Scottish Leaving Certificate Examination, 1956
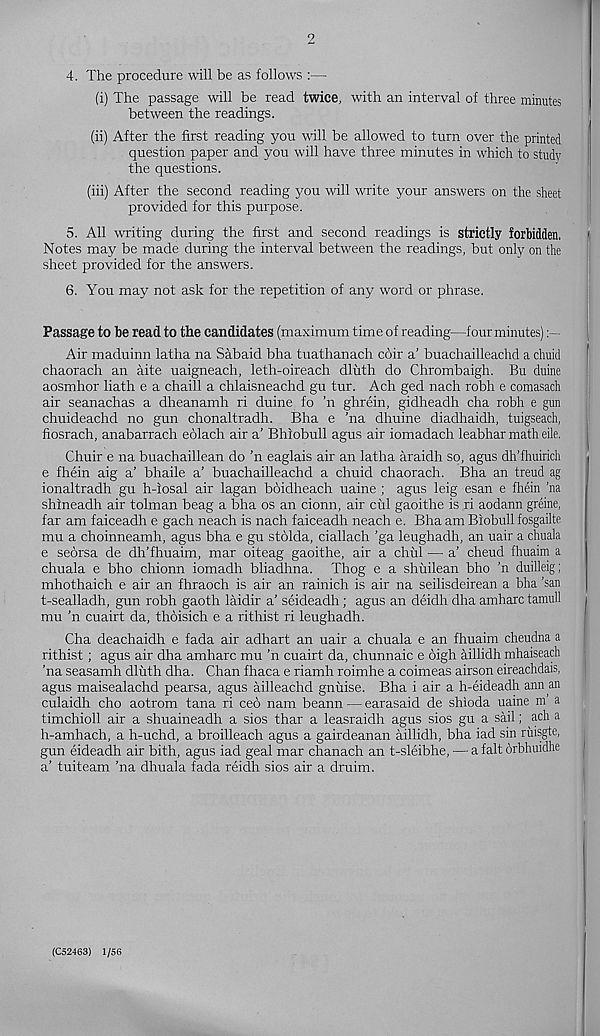
4. The procedure will be as follows :—
(i) The passage will be read twice, with an interval of three minutes
between the readings.
(ii) After the first reading you will be allowed to turn over the printed
question paper and you will have three minutes in which to study
the questions.
(iii) After the second reading you will write your answers on the sheet
provided for this purpose.
5. All writing during the first and second readings is strictly forbidden.
Notes may be made during the interval between the readings, but only on the
sheet provided for the answers.
6. You may not ask for the repetition of any word or phrase.
Passage to be read to the candidates (maximum time of reading—four minutes)
Air maduinn latha na Sabaid bha tuathanach cdir a' buachailleachd a chuid
chaorach an aite uaigneach, leth-oireach dluth do Chrombaigh. Bu duine
aosmhor hath e a chaill a chlaisneachd gu tur. Ach ged nach robh e comasadi
air seanachas a dheanamh ri duine fo ’n ghrein, gidheadh cha robh e gun
chuideachd no gun chonaltradh. Bha e ’na dhuine diadhaidh, tuigseach,
fiosrach, anabarrach eolach air a’ Bhiobull agus air iomadach leabhar math eile.
Chuir e na buachaillean do ’n eaglais air an latha araidh so, agus dh’fhuiridi
e fhein aig a’ bhaile a’ buachailleachd a chuid chaorach. Bha an trend ag
ionaltradh gu h-iosal air lagan boidheach uaine ; agus leig esan e fhein ’na
shineadh air tolman beag a bha os an cionn, air cul gaoithe is ri aodann greine,
far am faiceadh e gach neach is nach faiceadh neach e. Bha am Biobull fosgailte
mu a choinneamh, agus bha e gu stolda, ciallach ’ga leughadh, an uair a chuala
e seorsa de dh’fhuaim, mar oiteag gaoithe, air a chul — a’ cheud fhuaim a
chuala e bho chionn iomadh bliadhna. Thog e a shuilean bho ’n duilleig;
mhothaich e air an fhraoch is air an rainich is air na seilisdeirean a bha ’san
t-sealladh, gun robh gaoth laidir a’ seideadh; agus an deidh dha amharc tamull
mu ’n cuairt da, thoisich e a rithist ri leughadh.
Cha deachaidh e fada air adhart an uair a chuala e an fhuaim cheudna a
rithist; agus air dha amharc mu ’n cuairt da, chunnaic e high aillidh mhaiseach
’na seasamh dluth dha. Chan fhaca e riamh roimhe a coimeas airson eireachdais,
agus maisealachd pearsa, agus ailleachd gniiise. Bha i air a h-eideadh ann an
culaidh cho aotrom tana ri ceo nam beann — earasaid de shioda uaine m a
timchioll air a shuaineadh a sios thar a leasraidh agus sios gu a sail; ach a
h-amhach, a h-uchd, a broilleach agus a gairdeanan aillidh, bha iad sin rinsgte,
gun eideadh air bith, agus iad geal mar chanach an t-sleibhe, — a fait orbhuidhe
a’ tuiteam ’na dhuala fada reidh sios air a druim.
(C524G3) 1/56